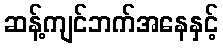
ဆန့်ကျင်ဘက်အနေနှင့်